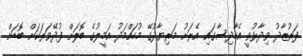
ފަރުޒާދު ވިދާޅުވީ އެހާދިސާގައި އެރަށު މަރިޔާދުގޭ މުހައްމަދު އަމީލުގެ ބޮލަށް ފުދޭވަރަކަށް ބޮޑަށް